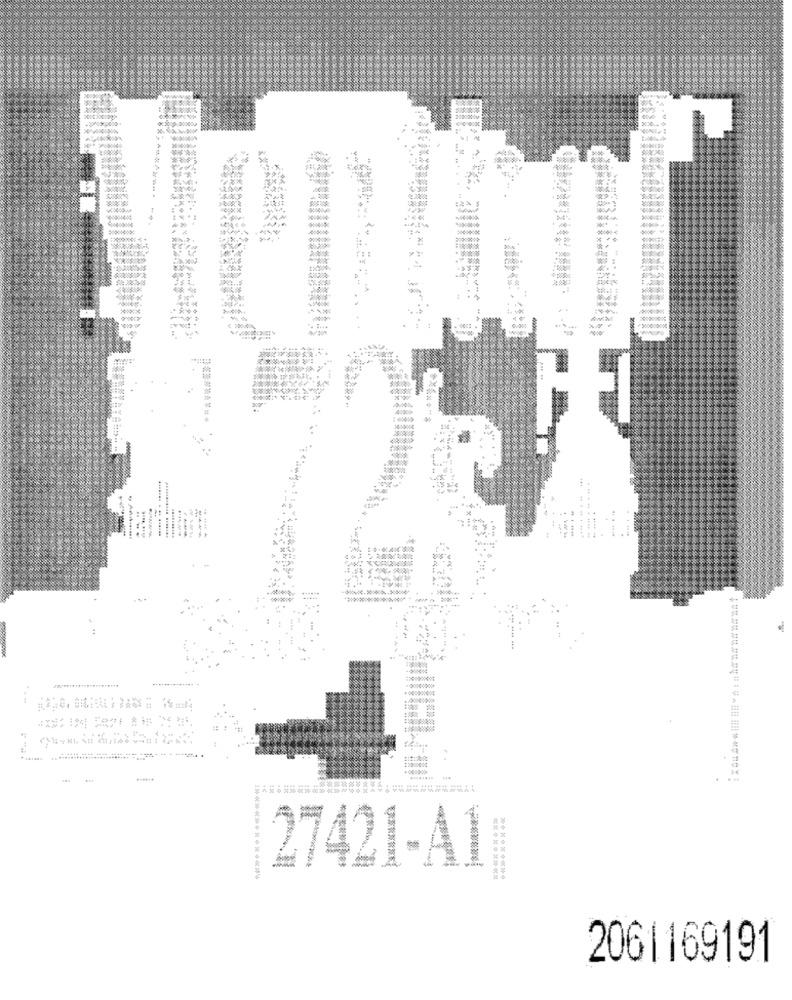
...
-------
-
......
********
27421-A1|
2061169191